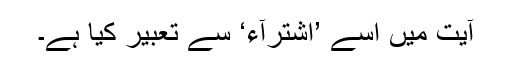
آیت میں اِسے ’اِشْتِرَآء‘ سے تعبیر کیا ہے۔